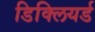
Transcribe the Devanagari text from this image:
डिक्लियर्ड